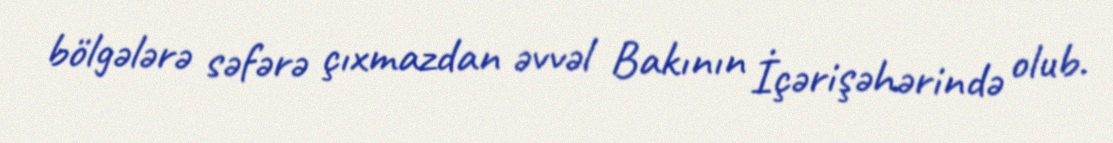
bölgələrə səfərə çıxmazdan əvvəl Bakının İçərişəhərində olub.